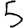
Digit: 5